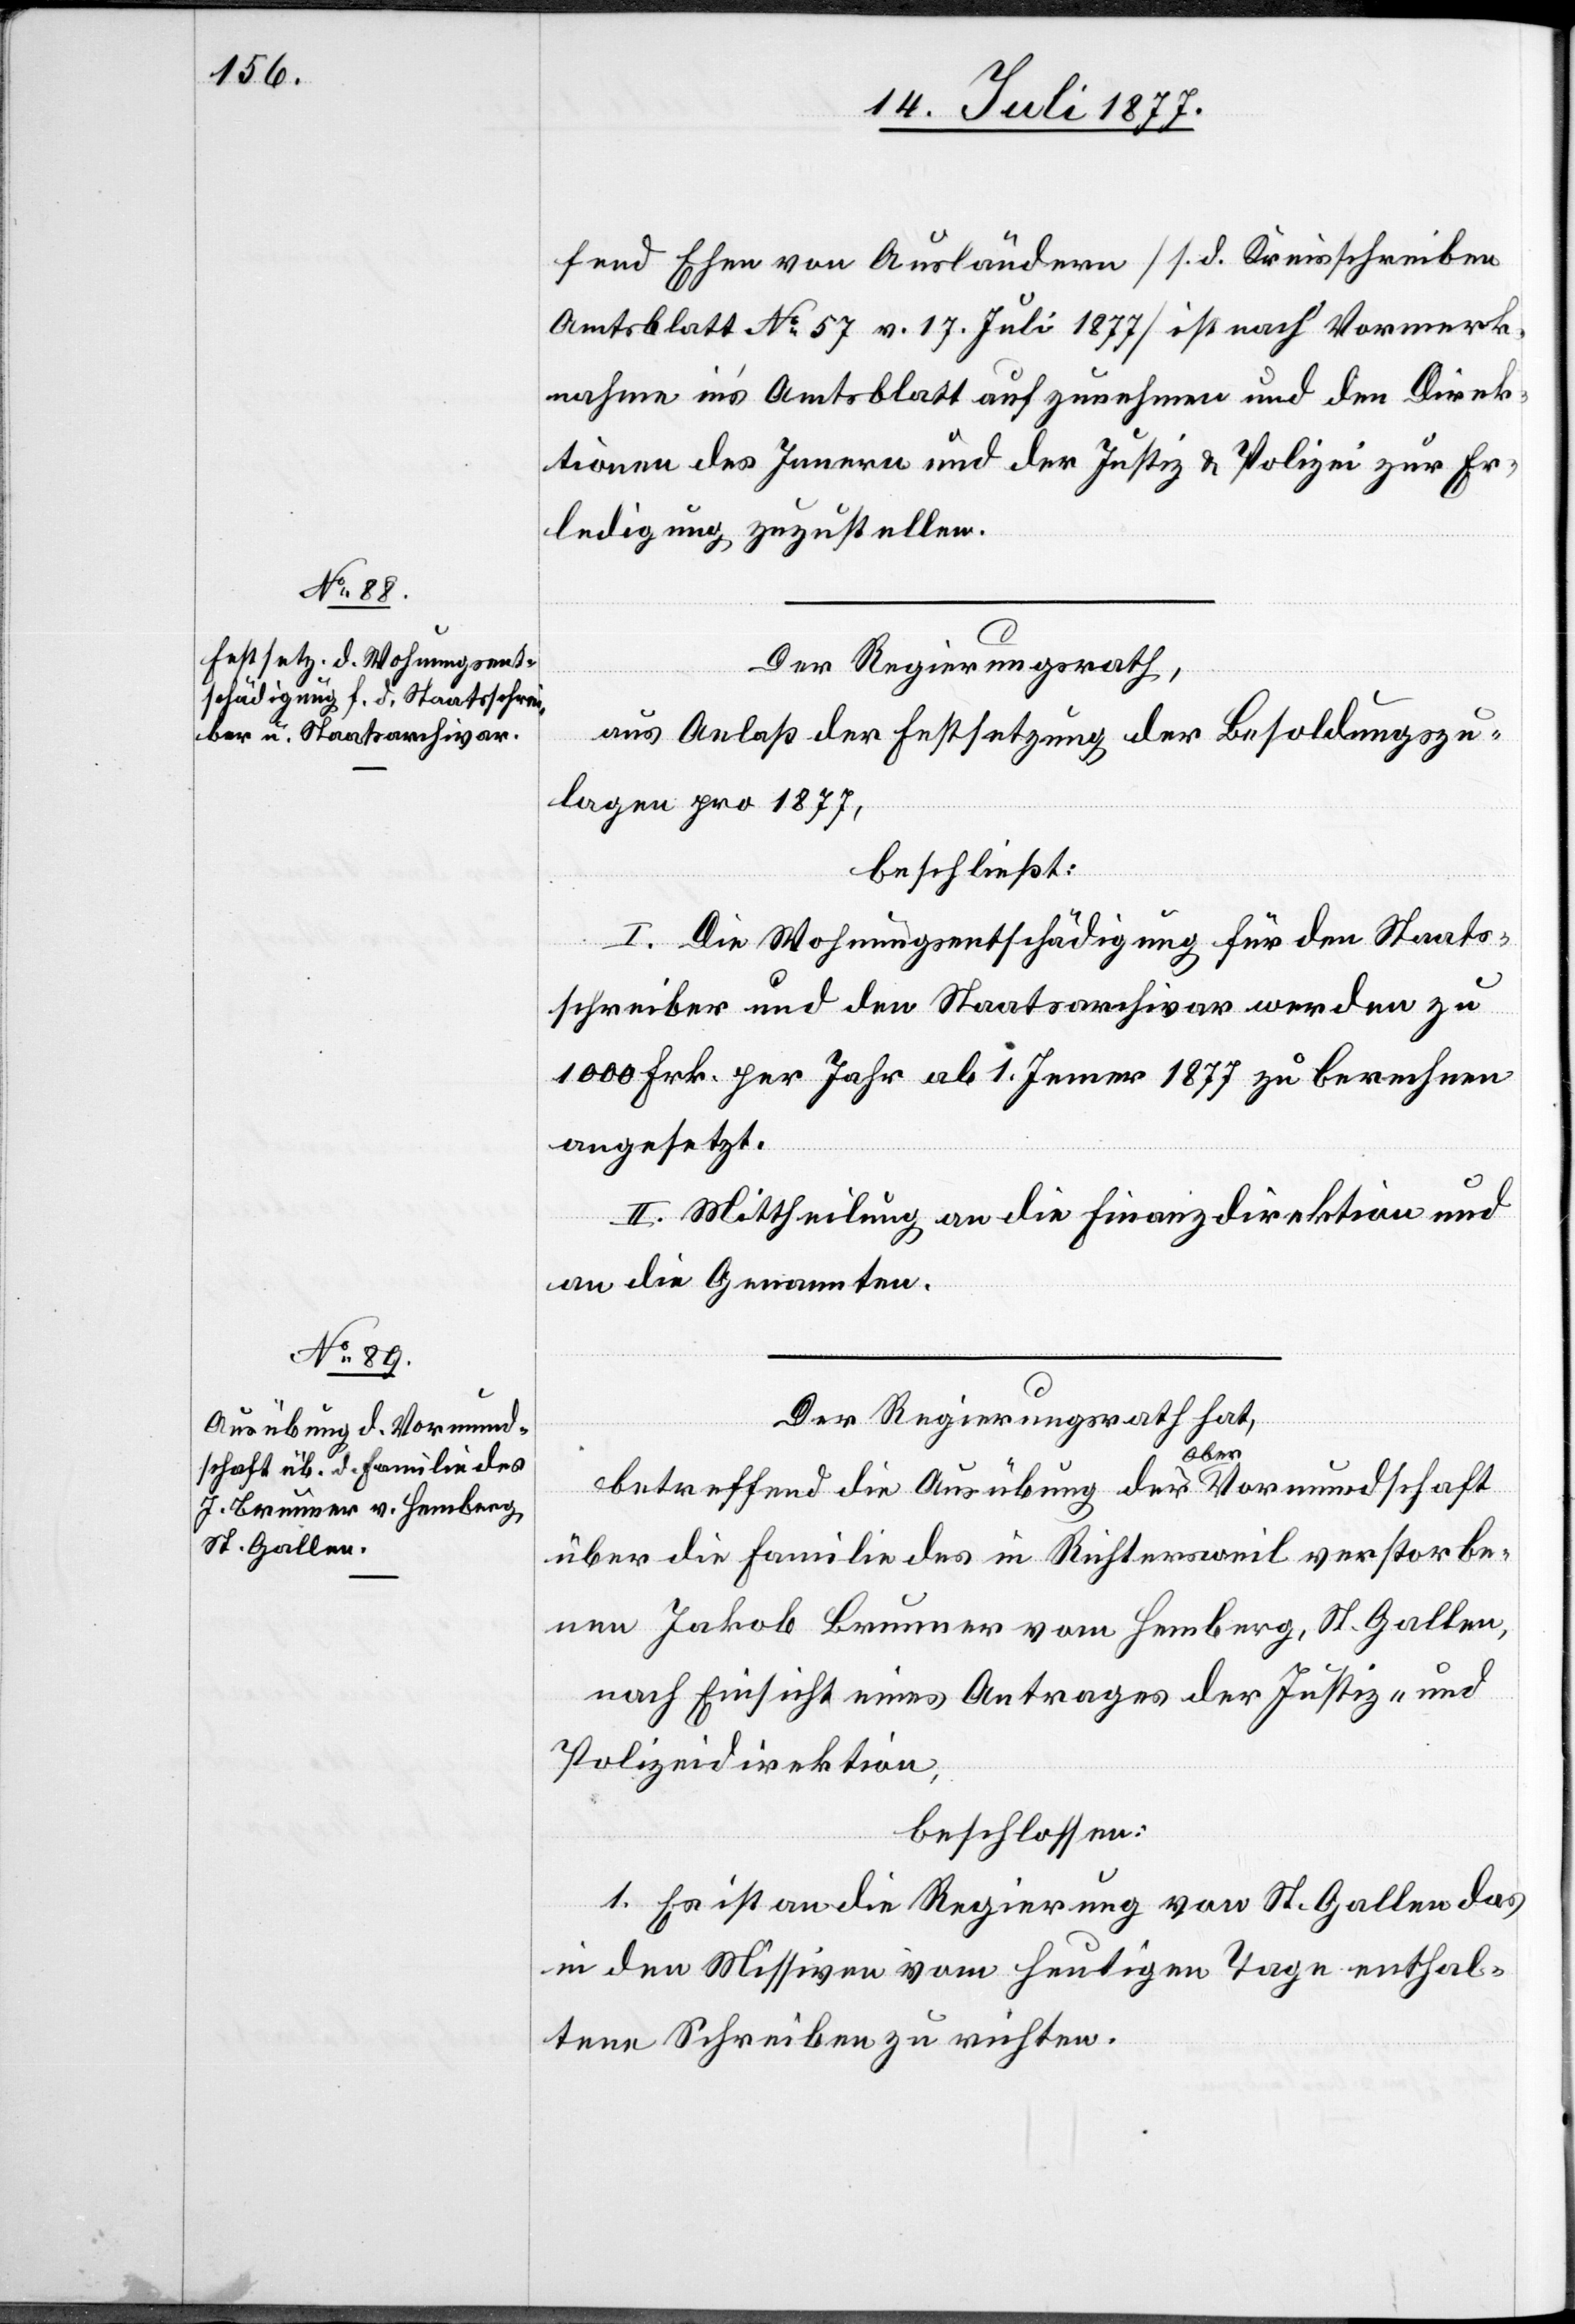
fend Ehen von Ausländern [s. d. Kreisschreiben
Amtsblatt No 57 v. 17. Juli 1877] ist nach Vormerk¬
nahme in’s Amtsblatt aufzunehmen und den Direk¬
tionen des Innern und der Justiz & Polizei zur Er¬
ledigung zuzustellen.
Der Regierungsrath,
aus Anlaß der Festsetzung der Besoldungszu¬
lagen pro 1877,
beschließt:
I. Die Wohnungsentschädigung für den Staats¬
schreiber und den Staatsarchivar werden zu
1000 Frk. per Jahr ab 1. Jemer [recte: Jenner] 1877 zu berechnen
angesetzt.
II. Mittheilung an die Finanzdirektion und
an die Genannten.
Der Regierungsrath hat,
betreffend die Ausübung der Ober[-]Vormunschaft
über die Familie des in Richtersweil verstorbe¬
nen Jakob Brunner vom Hemberg, St. Gallen,
nach Einsicht eines Antrages der Justiz- und
Polizeidirektion,
beschlossen:
1. Es ist an die Regierung von St. Gallen das
in den Missiven vom heutigen Tage enthal¬
tene Schreiben zu richten.